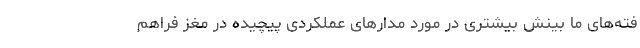
فته‌های ما بینش بیشتری در مورد مدارهای عملکردی پیچیده در مغز فراهم